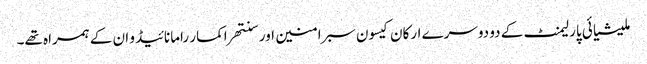
ملیشیائی پارلیمنٹ کے دو دوسرے ارکان کیسون سبرامنین اور سنتھراکمار رامانائیڈو ان کے ہمراہ تھے۔